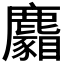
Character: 𪋢